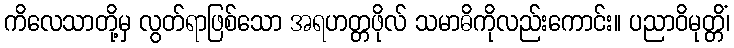
ကိလေသာတို့မှ လွတ်ရာဖြစ်သော အရဟတ္တဖိုလ် သမာဓိကိုလည်းကောင်း။ ပညာဝိမုတ္တိံ၊